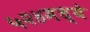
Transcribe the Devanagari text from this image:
५२४मध्ये